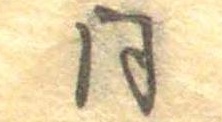
同